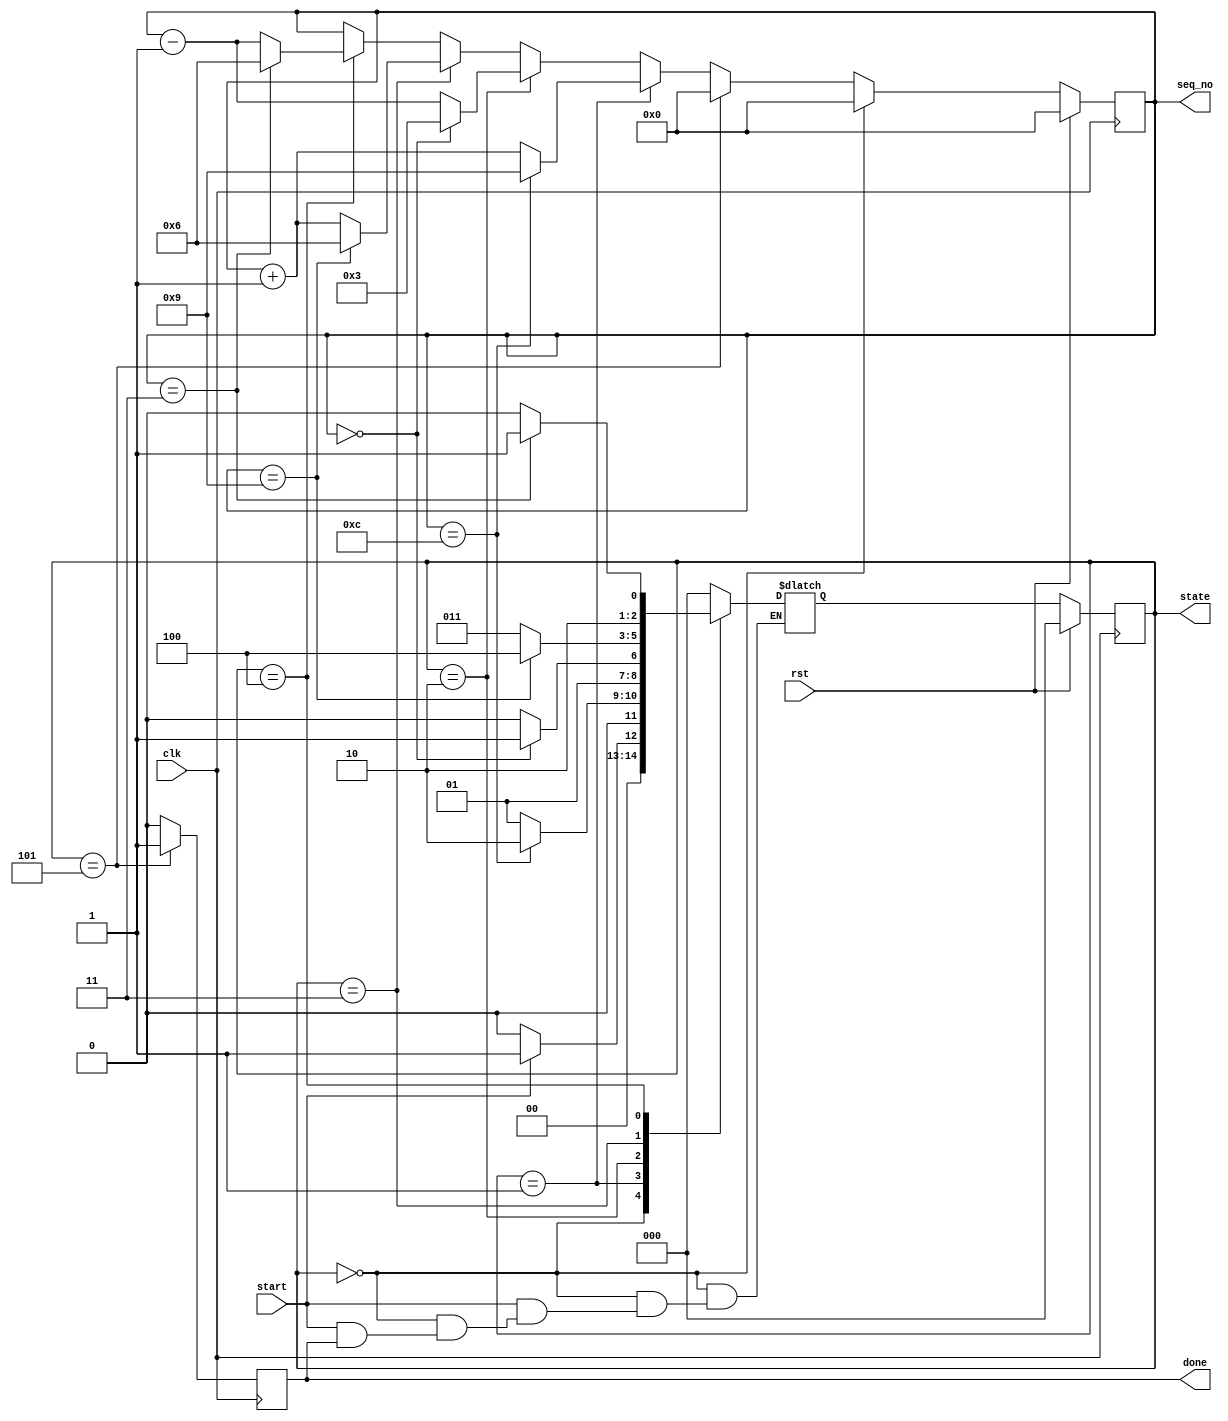
//******************************************************************************
// Copyright (c) 2014 - 2018, Indian Institute of Science, Bangalore.
// All Rights Reserved. See LICENSE for license details.
//------------------------------------------------------------------------------

// Contributors
// Akshay Birari (akshay@alum.iisc.ac.in), Piyush Birla (piyush@alum.iisc.ac.in)
// Suseela Budi (suseela@alum.iisc.ac.in), Pradeep Gupta (gupta@alum.iisc.ac.in)
// Kavya Sharat (kavyasharat@alum.iisc.ac.in), Sumeet Bandishte (sumeet.bandishte30@gmail.com)
// Kuruvilla Varghese (kuru@iisc.ac.in)
`timescale 1ns / 1ps
//////////////////////////////////////////////////////////////////////////////////
// Company: 
// Engineer: 
// 
// Design Name: 
// Module Name: seq
// Project Name: 
// Target Devices: 
// Tool Versions: 
// Description: 
// 
// Dependencies: 
// 
// Revision:
// Revision 0.01 - File Created
// Additional Comments:
// 
//////////////////////////////////////////////////////////////////////////////////


module seq(clk, rst, start, done, seq_no, state

    );
    
    input clk;
    input rst;
    input start;
    output reg done;
    output reg [3:0] seq_no;
    output reg [2:0] state;
    
    parameter s0 = 3'b000;
    parameter s1 = 3'b001;
    parameter s2 = 3'b010;
    parameter s3 = 3'b011;
    parameter s4 = 3'b100;
    parameter s5 = 3'b101;
    parameter s6 = 3'b110;
    
    reg [2:0] next_state;
    
    
    always @(posedge clk)
    begin
        #0.1 if(rst) begin
            seq_no = 0;
            end
        else if(state == s0) begin
            seq_no = 0;
            end
        else if(state == s5) begin
            seq_no = 4'd0;
            end
        else if(state == s1) begin
            if(seq_no == 12) begin
                seq_no = 4'd9;
                end
            else begin
                seq_no = seq_no + 1;
                end
            end
        else if(state == s2) begin
            if(seq_no == 0) begin
                seq_no = 4'd3;
                end
            else begin
                seq_no = seq_no - 1;
                end
            end
        else if(state == s3) begin
            if(seq_no == 9) begin
                seq_no = 4'd6;
                end
            else begin
                seq_no = seq_no + 1;
                end
            end
        else if(state == s4) begin
            if(seq_no == 3) begin
                seq_no = 4'd6;
                end
            else begin
                seq_no = seq_no - 1;
                end
            end
            
        end
        
    always @(posedge clk)
    begin
        #0.1 if(state == s5) begin
            done = 1'b1;
            end
        else begin
            done = 1'b0;
            end
        end
    
    always @(posedge clk)
    begin
        #0.1 if(rst) begin 
            state <= s0;
            end
        else begin  
            state <= next_state;
            end
        end
    
    
    always @(*)
    begin
        case (state)
            s0:   begin
                if(start) begin
                    if(!done) begin
                        next_state = s1;
                        end
                    end
                else begin
                    next_state = s0;
                    end
                end            
            s1:   begin
                if(seq_no == 12) begin
                    next_state = s2;
                    end
                else begin
                    next_state = s1;
                    end
                end
            s2:    begin   
                if(seq_no == 0) begin
                    next_state = s3;
                    end
                else begin
                    next_state = s2;
                    end
                end
            s3:    begin   
                if(seq_no == 9) begin
                    next_state = s4;
                    end
                else begin
                    next_state = s3;
                    end
                end
            s4:    begin   
                if(seq_no == 3) begin
                    next_state = s5;
                    end
                else begin
                    next_state = s4;
                    end
                end
            s5:    begin
                next_state = s0;
                end
            default:    begin
                next_state = s0;
                end
            endcase
        end

endmodule